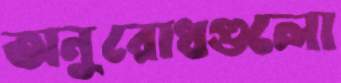
অনুরোধগুলো